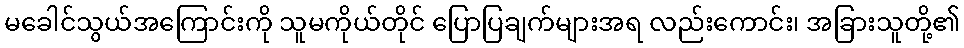
မခေါင်သွယ်အကြောင်းကို သူမကိုယ်တိုင် ပြောပြချက်များအရ လည်းကောင်း၊ အခြားသူတို့၏